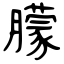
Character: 䑃